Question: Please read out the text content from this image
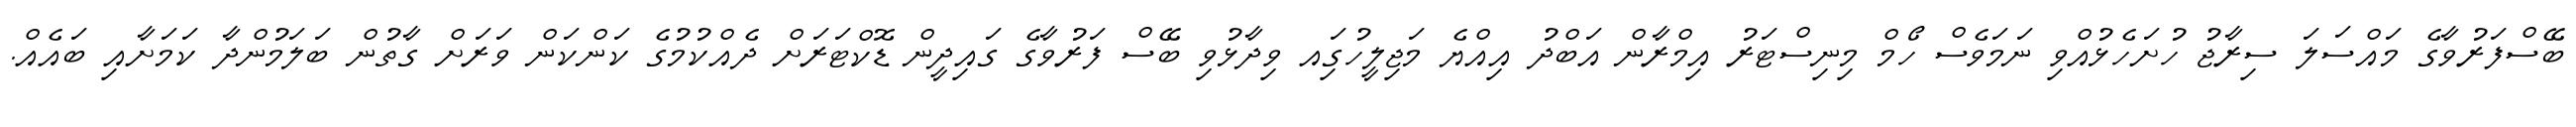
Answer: ބޭސްފަރުވާގެ މައްސަލަ ސިރާޖު ހުށަހެޅުއްވި ނަމަވެސް ހޯމް މިނިސްޓަރު އިމްރާން އަބްދު އިއްޔެ މަޖިލީހުގަިއ ވިދާޅުވި ބޭސް ފަރުވާގެ ގައިދީން ޑޮކްޓަރަށް ދެއްކުމުގެ ކަންކަން ވަރަށް ގާތުން ބަލަމުންދާ ކަމަށާއި ބައެއް.